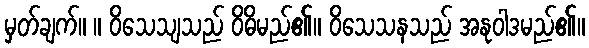
မှတ်ချက်။ ။ ဝိသေသျသည် ဝိဓိမည်၏။ ဝိသေသနသည် အနုဝါဒမည်၏။